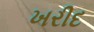
ખરીદ